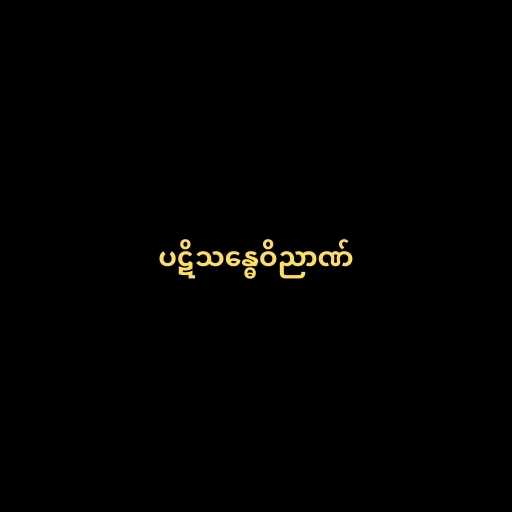
ပဋိသန္ဓေဝိညာဏ်